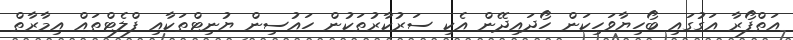
އަތްފޯރާ އަގުގައި ބޯހިޔާވަހިކަން ހޯދައިދޭން އެކި ސަރުކާރުތަކުން ހައުސިން ޔުނިޓްތަކާއި ފްލެޓްތައް އިމާރާތް